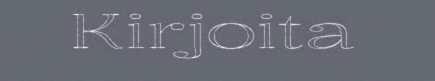
Kirjoita